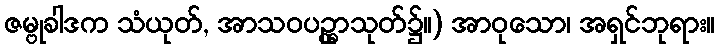
ဇမ္ဗုခါဒက သံယုတ်, အာသဝပဥ္ထှာသုတ်၌။) အာဝုသော၊ အရှင်ဘုရား။